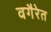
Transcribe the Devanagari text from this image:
वगैरेत